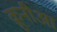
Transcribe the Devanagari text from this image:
क्रूनीआ